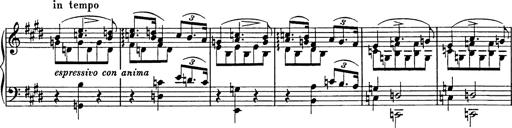
Title: Consolations
Composer: Franz Liszt